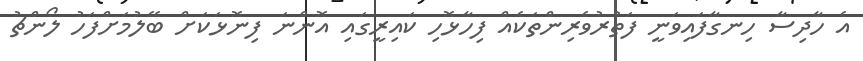
އެ ހާދިސާ ހިނގާފައިވަނީ ފަތުރުވެރިންތަކެއް ފިހާޅޮހި ކައިރީގައި އޮންނަ ފިނޮޅަކަށް ބޭލުމަށްފަހު ލޯންޗު